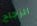
الزجاج